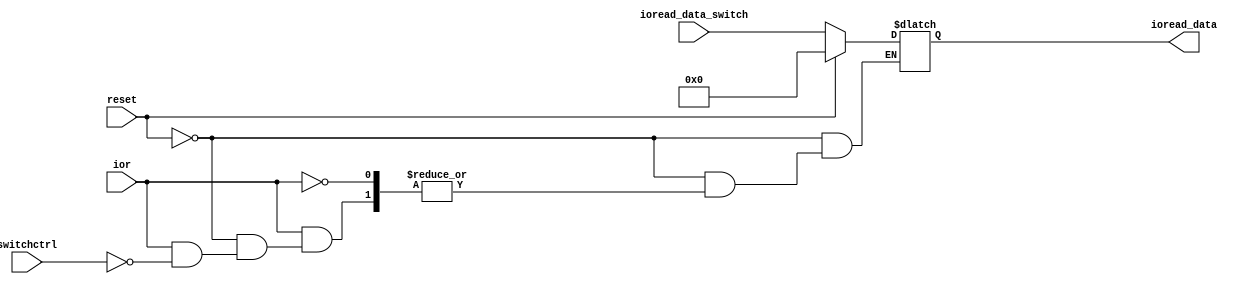
`timescale 1ns / 1ps
//////////////////////////////////////////////////////////////////////////////////

module ioread (
    input			reset,				// reset, active high
	input			ior,				// from Controller, 1 means read from input device
    input			switchctrl,			// means the switch is selected as input device 
    input	[15:0]	ioread_data_switch,	// the data from switch
    output	reg [15:0]	ioread_data 	// the data to memorio 
);
    
    always @* begin
        if (reset)
            ioread_data = 16'h0;
        else if (ior == 1) begin
            if (switchctrl == 1)
                ioread_data = ioread_data_switch;
            else
				ioread_data = ioread_data;
        end
    end
	
endmodule